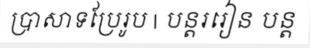
ប្រាសាទប្រែរូប | បន្តររៀន បន្ត